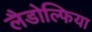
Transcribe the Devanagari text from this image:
लैडोल्फिया